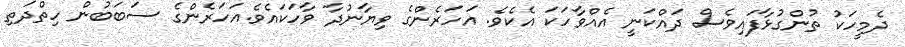
ދެމީހަކު ތުންގުޅާފައިވެސް ދައްކަނީ އެއްވާހަކަ އެކެވެ. އަހަރެންގެ ވިޔާނުދާ ވާހަކައެވެ.އަހަރެންގެ ސަބަބުން ހިތްދަތި